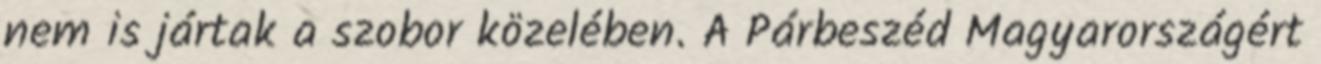
nem is jártak a szobor közelében. A Párbeszéd Magyarországért